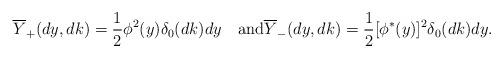
LaTeX: \begin{align*}\overline Y_+(dy,dk)=\frac12\phi^2(y)\delta_0(dk)dy\quad\mbox{and}\overline Y_-(dy,dk)=\frac12[\phi^*(y)]^2\delta_0(dk)dy.\end{align*}